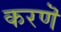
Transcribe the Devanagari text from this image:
करणॆ